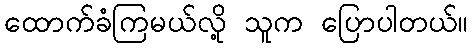
ထောက်ခံကြမယ်လို့ သူက ပြောပါတယ်။